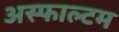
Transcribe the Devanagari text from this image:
अस्फाल्टम